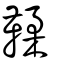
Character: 鞣